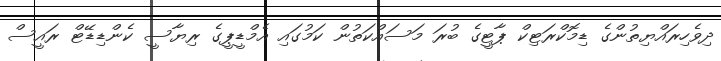
ދިވެހިރައްޔިތުންގެ ޑިމޮކްރަޓިކް ޕާޓީގެ ބުރަ މަސައްކަތުން ކަމުގައި އެމްޑީޕީގެ ރިޔާސީ ކެންޑިޑޭޓް ރައީސް